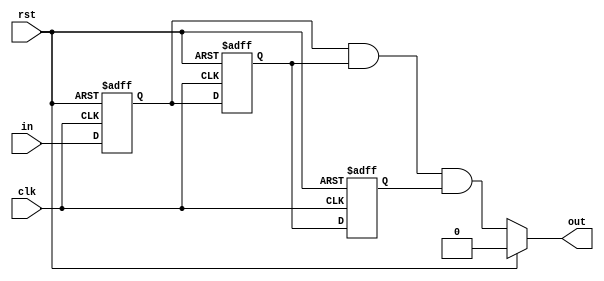
`timescale 1ns / 1ps
//////////////////////////////////////////////////////////////////////////////////
// Company: 
// Engineer: 
// 
// Design Name: 
// Module Name: debouncer
// Project Name: 
// Target Devices: 
// Tool Versions: 
// Description: 
// 
// Dependencies: 
// 
// Revision:
// Revision 0.01 - File Created
// Additional Comments:
// 
//////////////////////////////////////////////////////////////////////////////////

module debouncer(input clk, rst, in, output out);
reg q1,q2,q3;
always@(posedge clk, posedge rst) begin
 if(rst == 1'b1) begin
 q1 <= 0;
 q2 <= 0;
 q3 <= 0;
 end
 else begin
 q1 <= in;
 q2 <= q1;
 q3 <= q2;
 end
end
assign out = (rst) ? 0 : q1&q2&q3;
endmodule